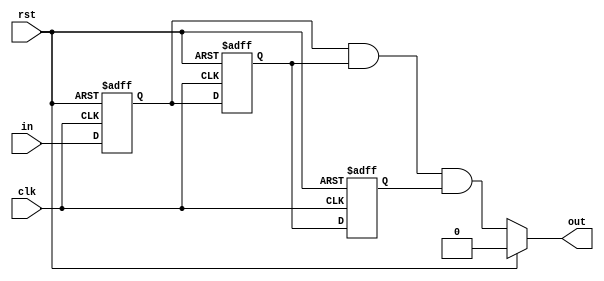
`timescale 1ns / 1ps
//////////////////////////////////////////////////////////////////////////////////
// Company: 
// Engineer: 
// 
// Design Name: 
// Module Name: debouncer
// Project Name: 
// Target Devices: 
// Tool Versions: 
// Description: 
// 
// Dependencies: 
// 
// Revision:
// Revision 0.01 - File Created
// Additional Comments:
// 
//////////////////////////////////////////////////////////////////////////////////

module debouncer(input clk, rst, in, output out);
reg q1,q2,q3;
always@(posedge clk, posedge rst) begin
 if(rst == 1'b1) begin
 q1 <= 0;
 q2 <= 0;
 q3 <= 0;
 end
 else begin
 q1 <= in;
 q2 <= q1;
 q3 <= q2;
 end
end
assign out = (rst) ? 0 : q1&q2&q3;
endmodule